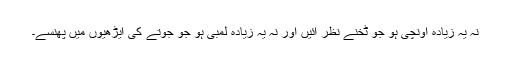
نہ یہ زیادہ اونچی ہو جو ٹخنے نظر آئیں اور نہ یہ زیادہ لمبی ہو جو جوتے کی ایڑھیوں میں پھنسے۔